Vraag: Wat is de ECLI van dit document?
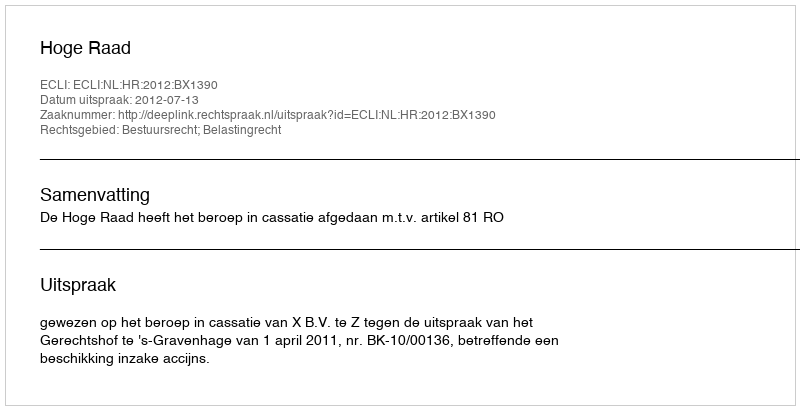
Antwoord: ECLI:NL:HR:2012:BX1390